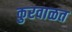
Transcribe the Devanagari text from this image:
कुरवाळत